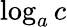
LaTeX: \log_{a}c